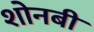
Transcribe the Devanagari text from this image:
शोनबी